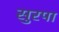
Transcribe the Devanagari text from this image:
सुरपा